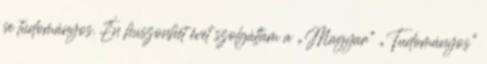
se tudományos. Én huszonhét évet szolgáltam a „Magyar” „Tudományos”